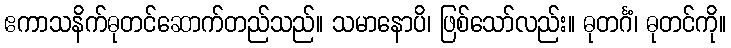
ဧကာသနိက်ဓုတင်ဆောက်တည်သည်။ သမာနောပိ၊ ဖြစ်သော်လည်း။ ဓုတင်္ဂံ၊ ဓုတင်ကို။